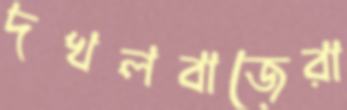
দখলবাজেরা